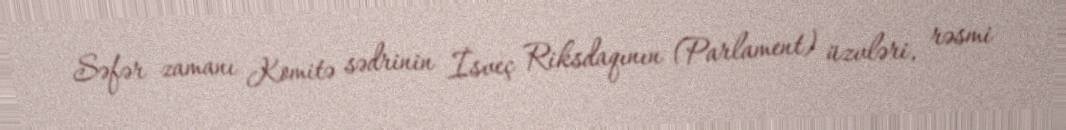
Səfər zamanı Komitə sədrinin İsveç Riksdaqının (Parlament) üzvləri, rəsmi